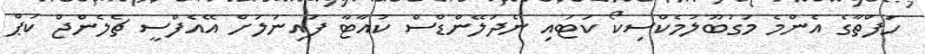
ހަފްތާގެ އެންމެ މަގުބޫލުމެކްސިކޯ ކަޓައި ނެދަލޭންޑްސް ކުއާޓާ ފައިނަލަށް އޭއެފްސީ ޗެލެންޖް ކަޕް